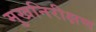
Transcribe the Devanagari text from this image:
मुखनिरीक्षण